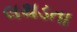
લથડતા